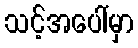
သင့်အပေါ်မှာ